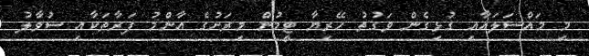
މި މައްސަލައާއި ގުޅިގެން ވަގުތު ހޭރިޔާ ޓީމުން މިރަށުގެ އާންމު ފަރާތަކާއި ސުވާލު